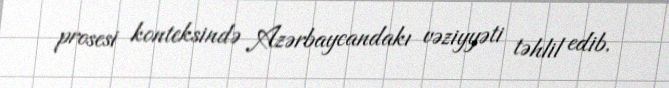
prosesi konteksində Azərbaycandakı vəziyyəti təhlil edib.